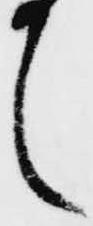
之